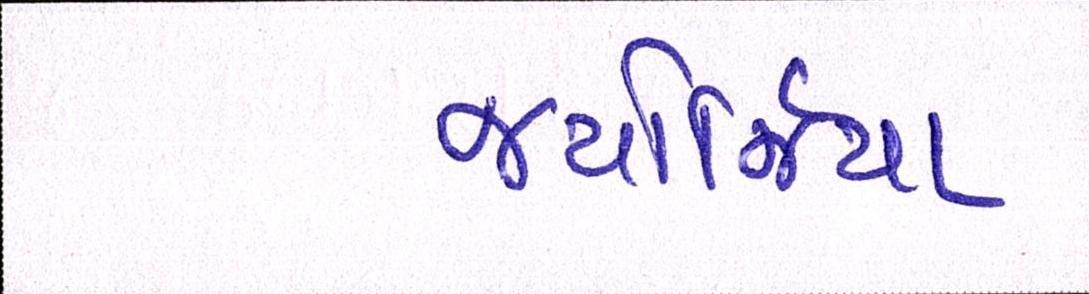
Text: જ્યોર્જિયાં